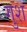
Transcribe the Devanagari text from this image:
गुश